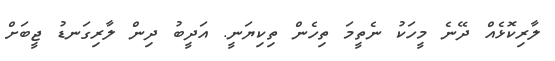
ލާރިކޮޅެއް ދޭނެ މީހަކު ނެތީމަ ތިހެން ތިކިޔަނީ. އަދީބު ދިން ލާރިގަނޑު ޖީބަށް